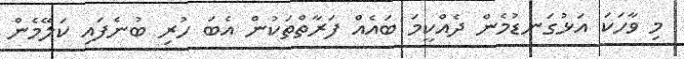
މި ވާހަކަ އަޅުގަނޑުމެން ދެއްކީމަ ބައެއް ފަރާތްތަކުން އެބަ ހުރި ބުނެފައި ކަލޭމެން